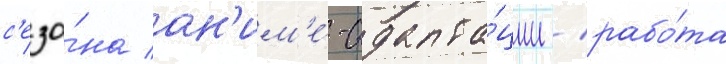
с'езо́на ан'им'е́-адапта́ции / рабо́та